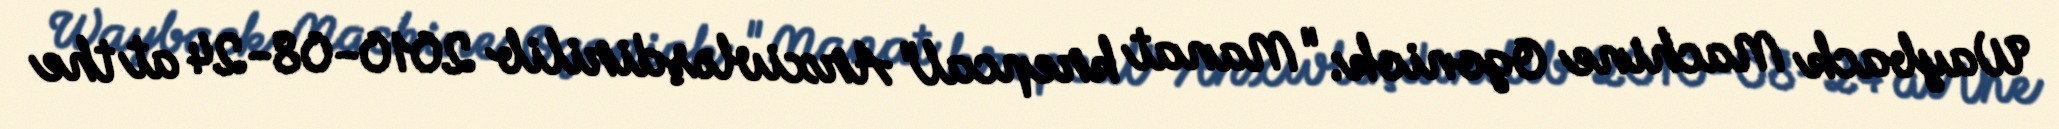
Wayback Machine Ogoniok: "Manat krepcal" Arxivləşdirilib 2010-08-24 at the